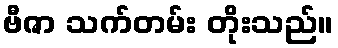
ဗီဇာ သက်တမ်း တိုးသည်။